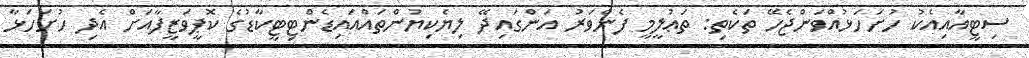
ސިޓީއާއިއެކު ހުށަހަޅުއްވަންޖެހޭ ތަކެތި: ތަޢުލީމީ ފެންވަރު އަންގައިދޭ ލިޔެކިޔުންތައްއައިޑެންޓިޓީކާޑުގެ ކޮޕީވަޒީފާއަށް އެދި ހުށަހަޅާ